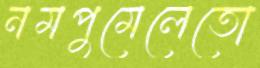
নমপুমেলেতো